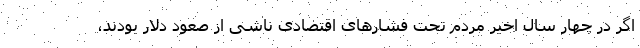
اگر در چهار سال اخیر مردم تحت فشارهای اقتصادی ناشی از صعود دلار بودند،